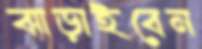
ঝাড়াইবেন